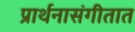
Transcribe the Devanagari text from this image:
प्रार्थनासंगीतात